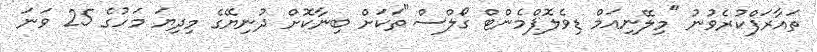
ތައާރަފްކުރެވުނު "މިލޭނިއަމް ޑިވެލޮޕްމެންޓް ގޯލްސް"ތަކަށް ބިނާކޮށް ދުނިޔޭގެ މިދިޔަ މަހުގެ 25 ވަނަ